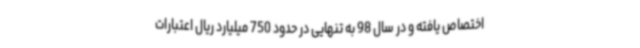
اختصاص یافته و در سال 98 به تنهایی در حدود 750 میلیارد ریال اعتبارات